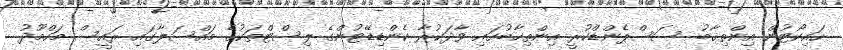
ހައިކޯޓުން އިންތިޚާބު ސަސްޕެންޑްކުރީ އިންތިޚާބުގައި ވާދަކުރާ ކެންޑިޑޭޓުންގެ ލިސްޓްތަކުގެ މައްސަލާގައި ރައީސް މަހްމޫދު